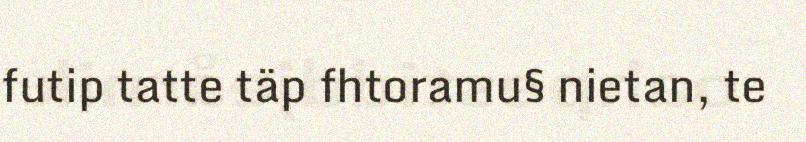
futip tatte täp fhtoramu§ nietan, te